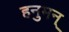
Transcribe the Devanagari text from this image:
हनुमन्